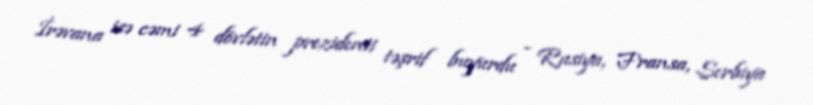
İrəvana isə cəmi 4 dövlətin prezidenti təşrif buyurdu - Rusiya, Fransa, Serbiya